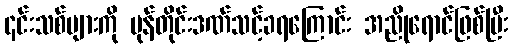
၎င်းသစ်များကို မုန်တိုင်းဒဏ်သင့်ခရကြောင်း အညိုရောင်ဖြစ်ပြီး